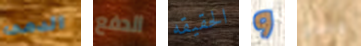
الدمى الدفع الحقيقه و مسلح